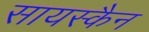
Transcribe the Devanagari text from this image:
सायस्कैन